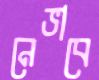
নেভাবে